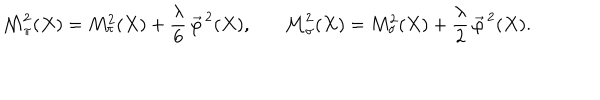
{ \cal M } _ { \pi } ^ { 2 } ( X ) = M _ { \pi } ^ { 2 } ( X ) + \frac { \lambda } { 6 } \, \vec { \varphi } ^ { \, 2 } ( X ) , { \cal M } _ { \sigma } ^ { 2 } ( X ) = M _ { \sigma } ^ { 2 } ( X ) + \frac { \lambda } { 2 } \, \vec { \varphi } ^ { \, 2 } ( X ) .